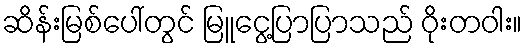
ဆိန်းမြစ်ပေါ်တွင် မြူငွေ့ပြာပြာသည် ဝိုးတဝါး။